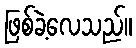
ဖြစ်ခဲ့လေသည်။